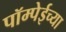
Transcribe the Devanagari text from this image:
पॉम्पेईच्या